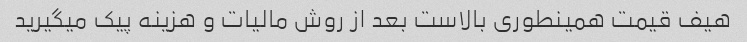
هیف قیمت همینطوری بالاست بعد از روش مالیات و هزینه پیک میگیرید